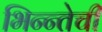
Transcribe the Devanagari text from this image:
भिन्न्तेची